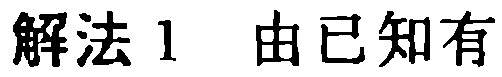
解法1 由已知有